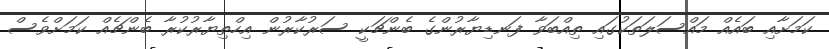
ކަމަށާއި ބައެއް މައްސަލަތަކުގައި ތިއްބަވާ ފަނޑިޔާރުންގެ ބެންޗަކީ ސަރުކާރުން އިހްތިޔާރުކުރާ ބެންޗެއް ކަމަަށްވެސް